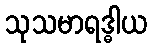
သုသမာရဒ္ဓါယ